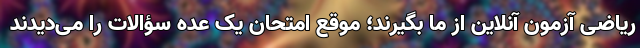
ریاضی آزمون آنلاین از ما بگیرند؛ موقع امتحان یک عده سؤالات را می‌دیدند